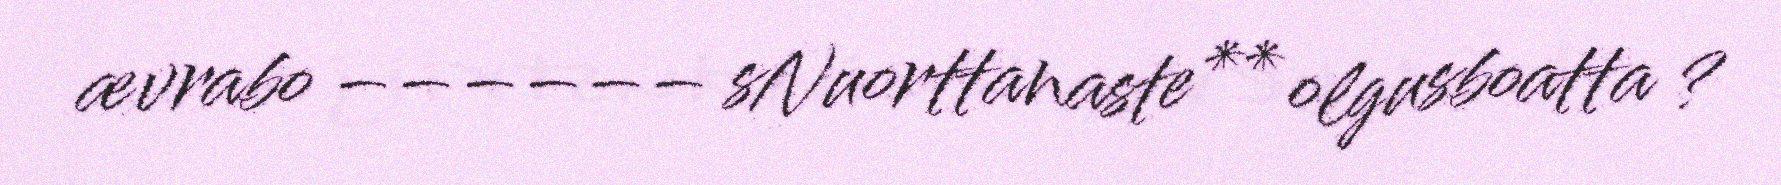
ævrabo –––––– sNuorttanaste** olgusboatta ?